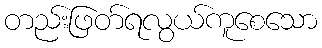
တည်းဖြတ်ရလွယ်ကူစေသော